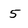
Character: 5